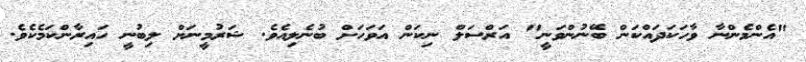
"އެންމެންނާ ވާހަކަދައްކަން ބޭނުންވަނީ" އަރްސަލް ނިކަން އަވަހަށް ބުނެލިއެވެ. ޝަރުމީނަށް ލިބުނީ ހައިރާންކަމެކެވެ.